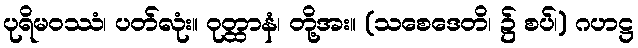
ပုရိမဝဿံ၊ ပတ်လုံး။ ဝုတ္ထာနံ၊ တို့အး။ (သစေဒေတိ၊ ၌ စပ်၊) ဂဟဋ္ဌ